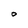
Character: O